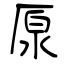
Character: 厡